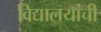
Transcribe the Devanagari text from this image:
विद्यालयांची